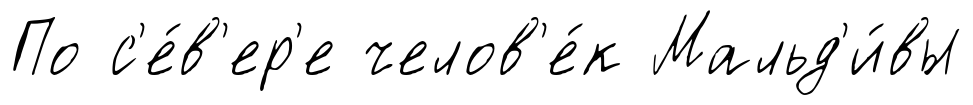
По с'е́в'ер'е челов'е́к Мальд'и́вы